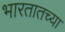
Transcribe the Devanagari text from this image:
भारतातच्या